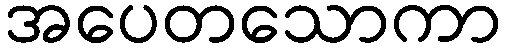
အပေတသောကာ